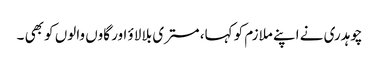
چوہدری نے اپنے ملازم کو کہا، مستری بلا لاؤ اور گاوں والوں کو بھی ۔